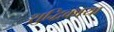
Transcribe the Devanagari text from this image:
शुद्धिकाया